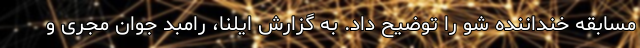
مسابقه خنداننده شو را توضیح داد. به گزارش ایلنا، رامبد جوان مجری و